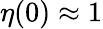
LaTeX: \eta(0)\approx 1